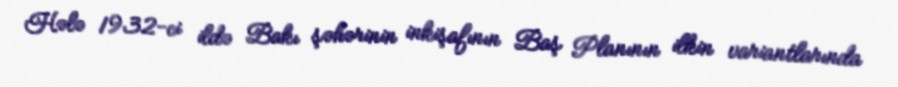
Hələ 1932-ci ildə Bakı şəhərinin inkişafının Baş Planının ilkin variantlarında